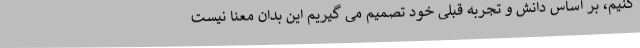
کنیم، بر اساس دانش و تجربه قبلی خود تصمیم می گیریم این بدان معنا نیست